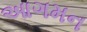
આગમન